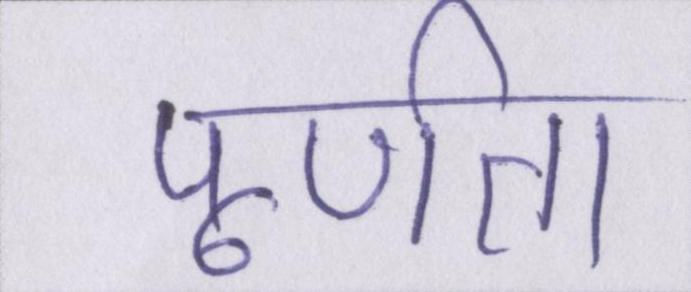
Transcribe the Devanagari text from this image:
पूर्णता